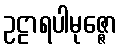
ဥဠာရပါမုဇ္ဇော